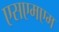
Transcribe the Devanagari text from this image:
एसएमएम